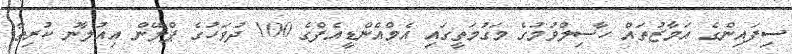
ސިފައިންގެ އަމާޒުތައް ހާސިލްވުމުގެ މަގުމަތީގައި އެމްއެންޑީއެފްގެ 100 ދުވަހުގެ ޕްލޭން އިއުލާނު ކުރިތާ